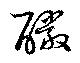
釅